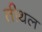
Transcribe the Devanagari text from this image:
तीथल